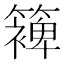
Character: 𮆰